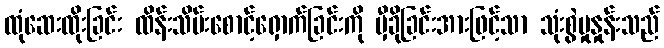
ထုံဆေးထိုးခြင်း ထိန်းသိမ်းစောင့်ရှောက်ခြင်းကို မှီခိုခြင်းအားဖြင့်သာ သုံးစွဲမှုနှုန်းသည်